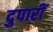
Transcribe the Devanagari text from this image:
दुपारीं